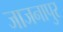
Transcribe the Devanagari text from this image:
जाजनापुर